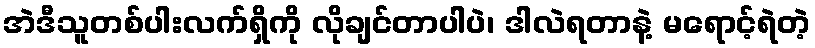
အဲဒီသူတစ်ပါးလက်ရှိကို လိုချင်တာပါပဲ၊ ဒါလဲရတာနဲ့ မရောင့်ရဲတဲ့